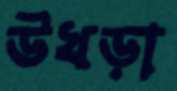
উখড়া